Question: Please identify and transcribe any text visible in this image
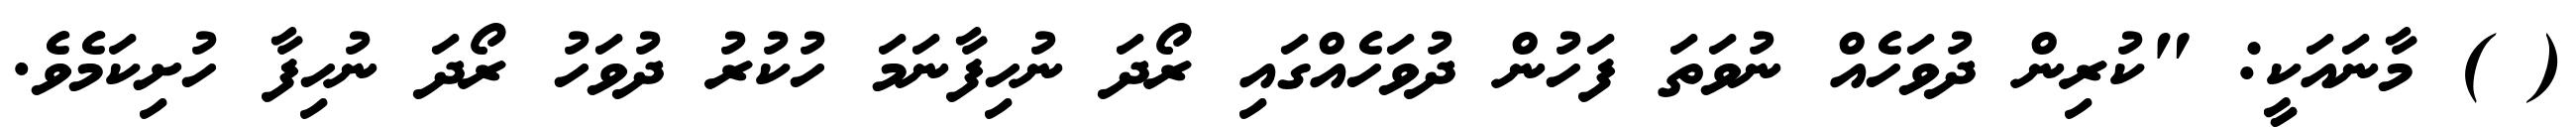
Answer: ( ) މާނައަކީ: "ކުރިން ދުވަހެއް ނުވަތަ ފަހުން ދުވަހެއްގައި ރޯދަ ނުހިފާނަމަ ހުކުރު ދުވަހު ރޯދަ ނުހިފާ ހުށިކަމެވެ.